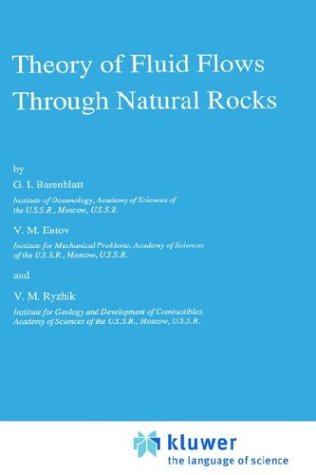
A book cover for Theory of Fluid Flows Through Natural Rocks (Theory and Applications of Transport in Porous Media); G.I. Barenblatt; Science & Math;